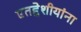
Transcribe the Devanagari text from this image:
एतद्देशीयांना